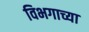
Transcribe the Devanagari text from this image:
विभगाच्या